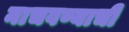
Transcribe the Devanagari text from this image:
नाचवण्याची